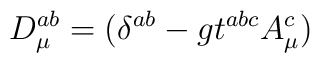
D_{\mu}^{ab}= (\delta^{ab}-gt^{abc}A_{\mu}^c)